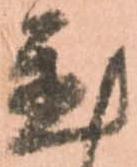
置